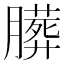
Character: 𱼝